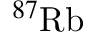
^ { 8 7 } \mathrm { R b }